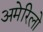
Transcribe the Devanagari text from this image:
अमेरिलो